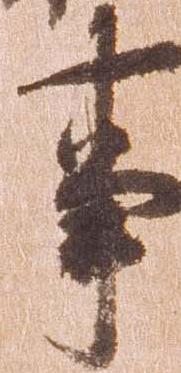
事